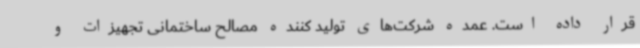
قرار داده است. عمده شرکت‌های تولید کننده مصالح ساختمانی تجهیزات و